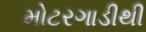
મોટરગાડીથી